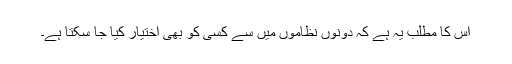
اس کا مطلب یہ ہے کہ دونوں نظاموں میں سے کسی کو بھی اختیار کیا جا سکتا ہے۔